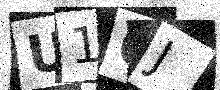
Text: U16J